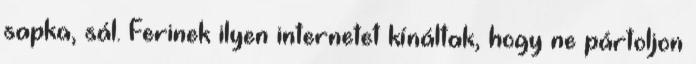
sapka, sál. Ferinek ilyen internetet kínáltak, hogy ne pártoljon